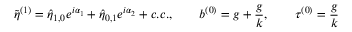
\tilde { \eta } ^ { ( 1 ) } = \hat { \eta } _ { 1 , 0 } e ^ { i \alpha _ { 1 } } + \hat { \eta } _ { 0 , 1 } e ^ { i \alpha _ { 2 } } + c . c . , \qquad b ^ { ( 0 ) } = g + \frac { g } { k } , \qquad \tau ^ { ( 0 ) } = \frac { g } { k }